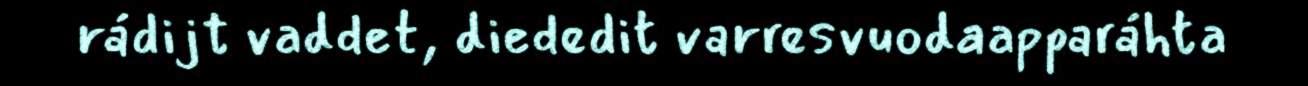
rádijt vaddet, diededit varresvuodaapparáhta